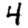
Digit: 4